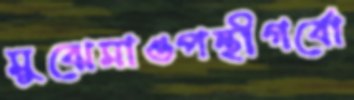
মুঝেমাওপন্থীগর্বো